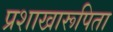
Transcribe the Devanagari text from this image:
प्रशाखारूपिता